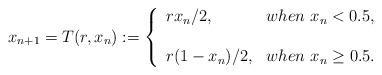
LaTeX: \begin{align*}x_{n+1}=T(r,x_n):=\left\{\begin{array}{ll}rx_n/2,&when~x_n<0.5,\\\\r(1-x_n)/2,&when~x_n\geq0.5.\\\end{array}\right.\end{align*}